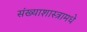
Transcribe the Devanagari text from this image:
संख्याशास्त्रामधे